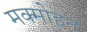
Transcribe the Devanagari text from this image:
मक्मोहन